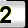
Digit: 2